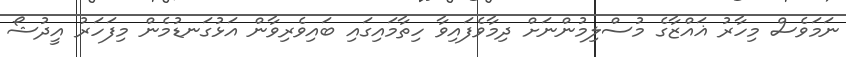
ނަމަވެސް މިހާރު ޣައްޒާގެ މުސްލިމުންނަށް ދިމާވެފައިވާ ހިތާމައިގައި ބައިވެރިވާން އަޅުގަނޑުމެން މިފަހަރު އީދުޝޯ